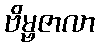
ဗိမ္ဗဇာလာ